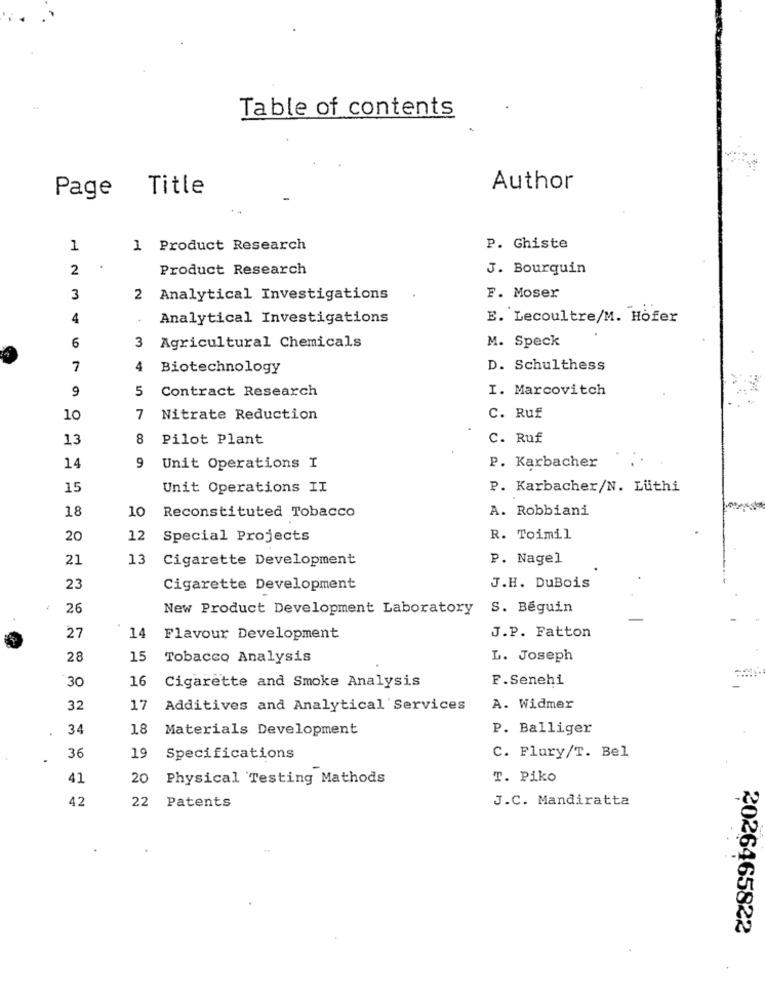
Table of contents
Page Title
Author
1
1 Product Research
P. Ghiste
2
Product Research
J. Bourquin
N
3
Analytical Investigations
F. Moser
4
Analytical Investigations
E. Lecoultre/M. Hofer
M. Speck
6
3 Agricultural Chemicals
7
4
Biotechnology
D. Schulthess
9
5
Contract Research
I. Marcovitch
10
7
Nitrate Reduction
C. Ruf
13
8
Pilot Plant
C. Ruf
P. Karbacher
14
9
Unit Operations I
15
Unit Operations II
P. Karbacher/N. Lüthi
18
10
Reconstituted Tobacco
A. Robbiani
20
12
Special Projects
R. Toimil
21
13
Cigarette Development
P. Nagel
23
Cigarette Development
J.H. DuBois
26
New Product Development Laboratory
S. Béguin
27
14
Flavour Development
J.P. Fatton
28
15
Tobacco Analysis
L. Joseph
30
16
F.Senehi
Cigarette and Smoke Analysis
32
17
Additives and Analytical Services
A. Widmer
34
18
Materials Development
P. Balliger
36
19
Specifications
C. Flury/T. Bel
41
20
Physical Testing Mathods
T. Piko
42
22
J.C. Mandiratta
Patents
2026465822
.